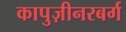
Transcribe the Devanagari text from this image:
कापुज़ीनरबर्ग